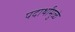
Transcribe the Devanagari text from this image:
पदार्थांमुळे